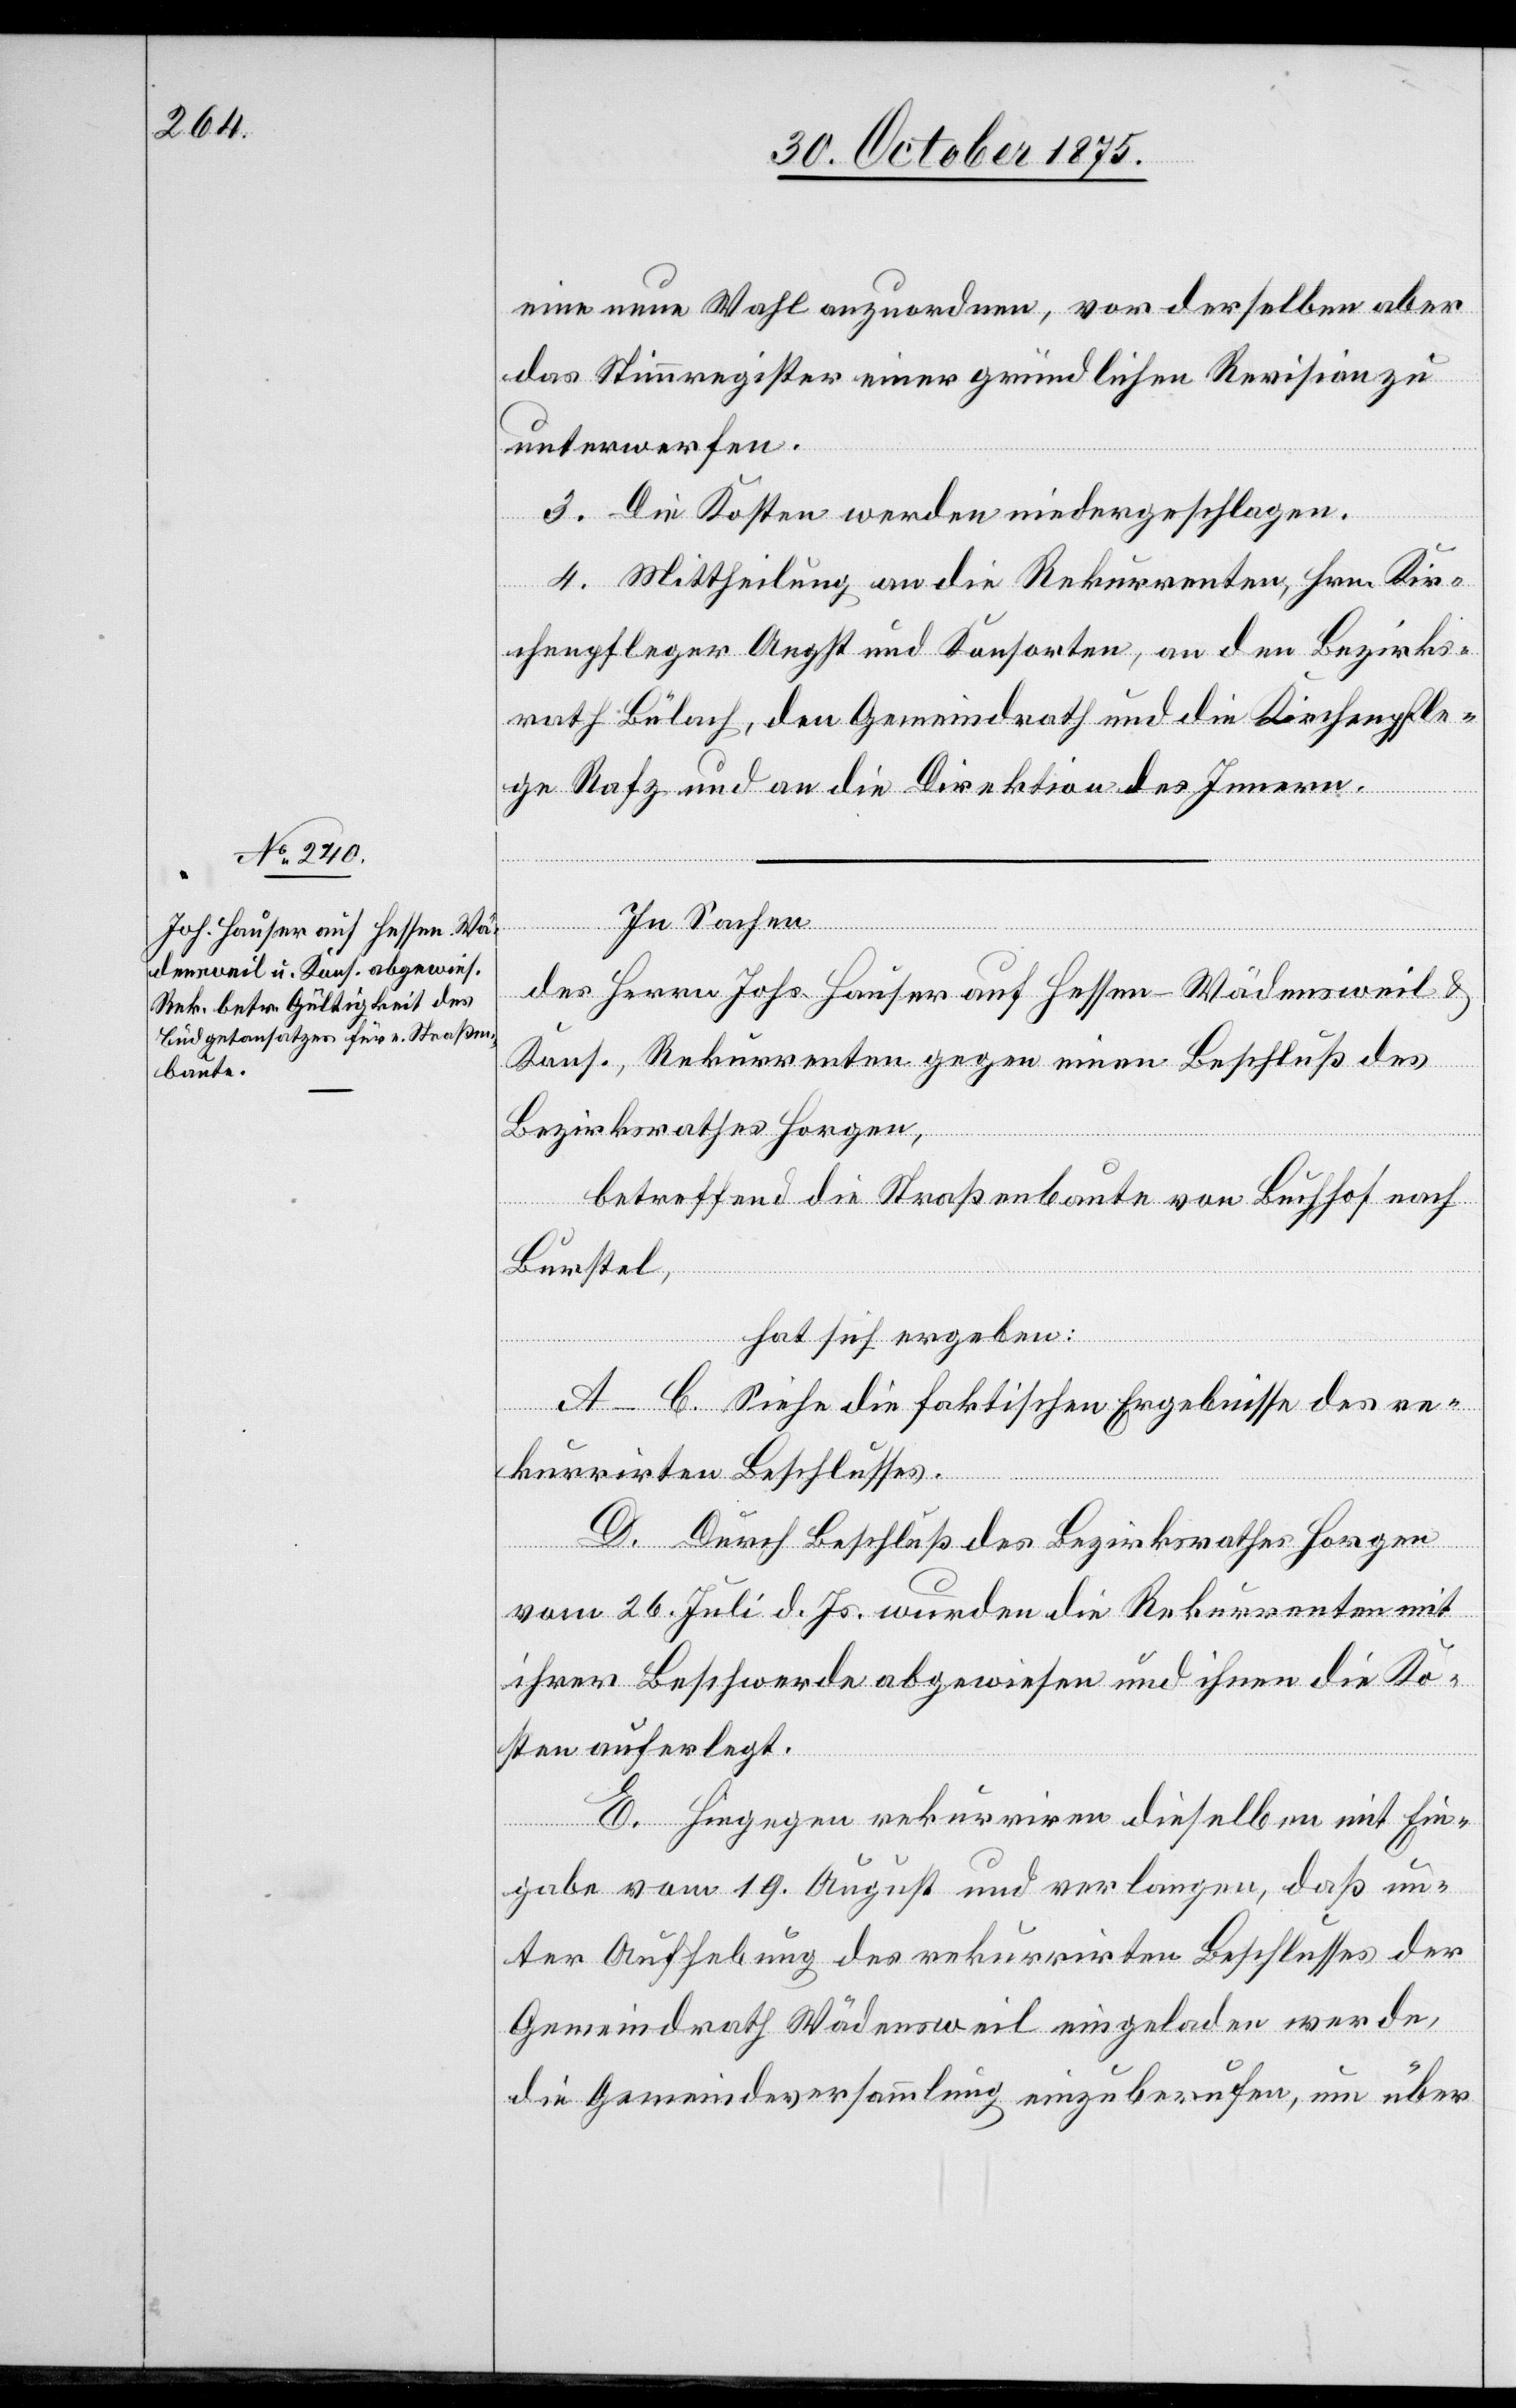
eine neue Wahl anzuordnen, vor derselben aber
das Stimmregister einer gründlichen Revision zu
unterwerfen.
3. Die Kosten werden niedergeschlagen.
4. Mittheilung an die Rekurrenten, Hrn. Kir¬
chenpfleger Angst und Konsorten, an den Bezirks¬
rath Bülach, den Gemeindrath und die Kirchenpfle¬
ge Rafz und an die Direktion des Innern.
In Sachen
des Herrn Johs. Hauser auf Hessen - Wädensweil &
Kons., Rekurrenten gegen einen Beschluß des
Bezirksrathes Horgen,
betreffend die Straßenbaute von Buchhof nach
Burstel,
hat sich ergeben:
A–C. Siehe die faktischen Ergebnisse des re¬
kurrirten Beschlusses.
D. Durch Beschluß des Bezirksrathes Horgen
vom 26. Juli d. Js. wurden die Rekurrenten mit
ihrer Beschwerde abgewiesen und ihnen die Ko¬
sten auferlegt.
E. Hiegegen rekurriren dieselben mit Ein¬
gabe vom 19. August und verlangen, daß un¬
ter Aufhebung des rekurrirten Beschlusses der
Gemeindrath Wädensweil eingeladen werde,
die Gemeindeversammlung einzuberufen, um über